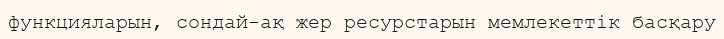
функцияларын, сондай-ақ жер ресурстарын мемлекеттік басқару